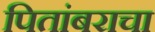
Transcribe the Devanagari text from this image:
पितांबराचा